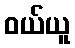
ဝယ်ယူ